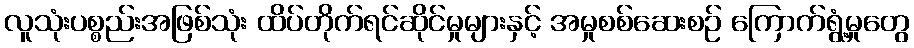
လူသုံးပစ္စည်းအဖြစ်သုံး ထိပ်တိုက်ရင်ဆိုင်မှုများနှင့် အမှုစစ်ဆေးစဉ် ကြောက်ရွံ့မှုတွေ